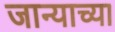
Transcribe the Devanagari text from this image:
जान्याच्या